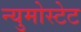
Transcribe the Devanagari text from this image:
न्युमोस्टेट